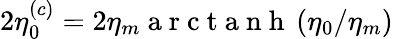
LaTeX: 2\eta_{0}^{(c)}=2\eta_{m}\mathrm{~a~r~c~t~a~n~h~}\left(\eta_{0}/\eta_{m}\right)